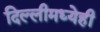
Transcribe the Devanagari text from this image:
दिल्लीमध्येही